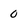
Character: 0